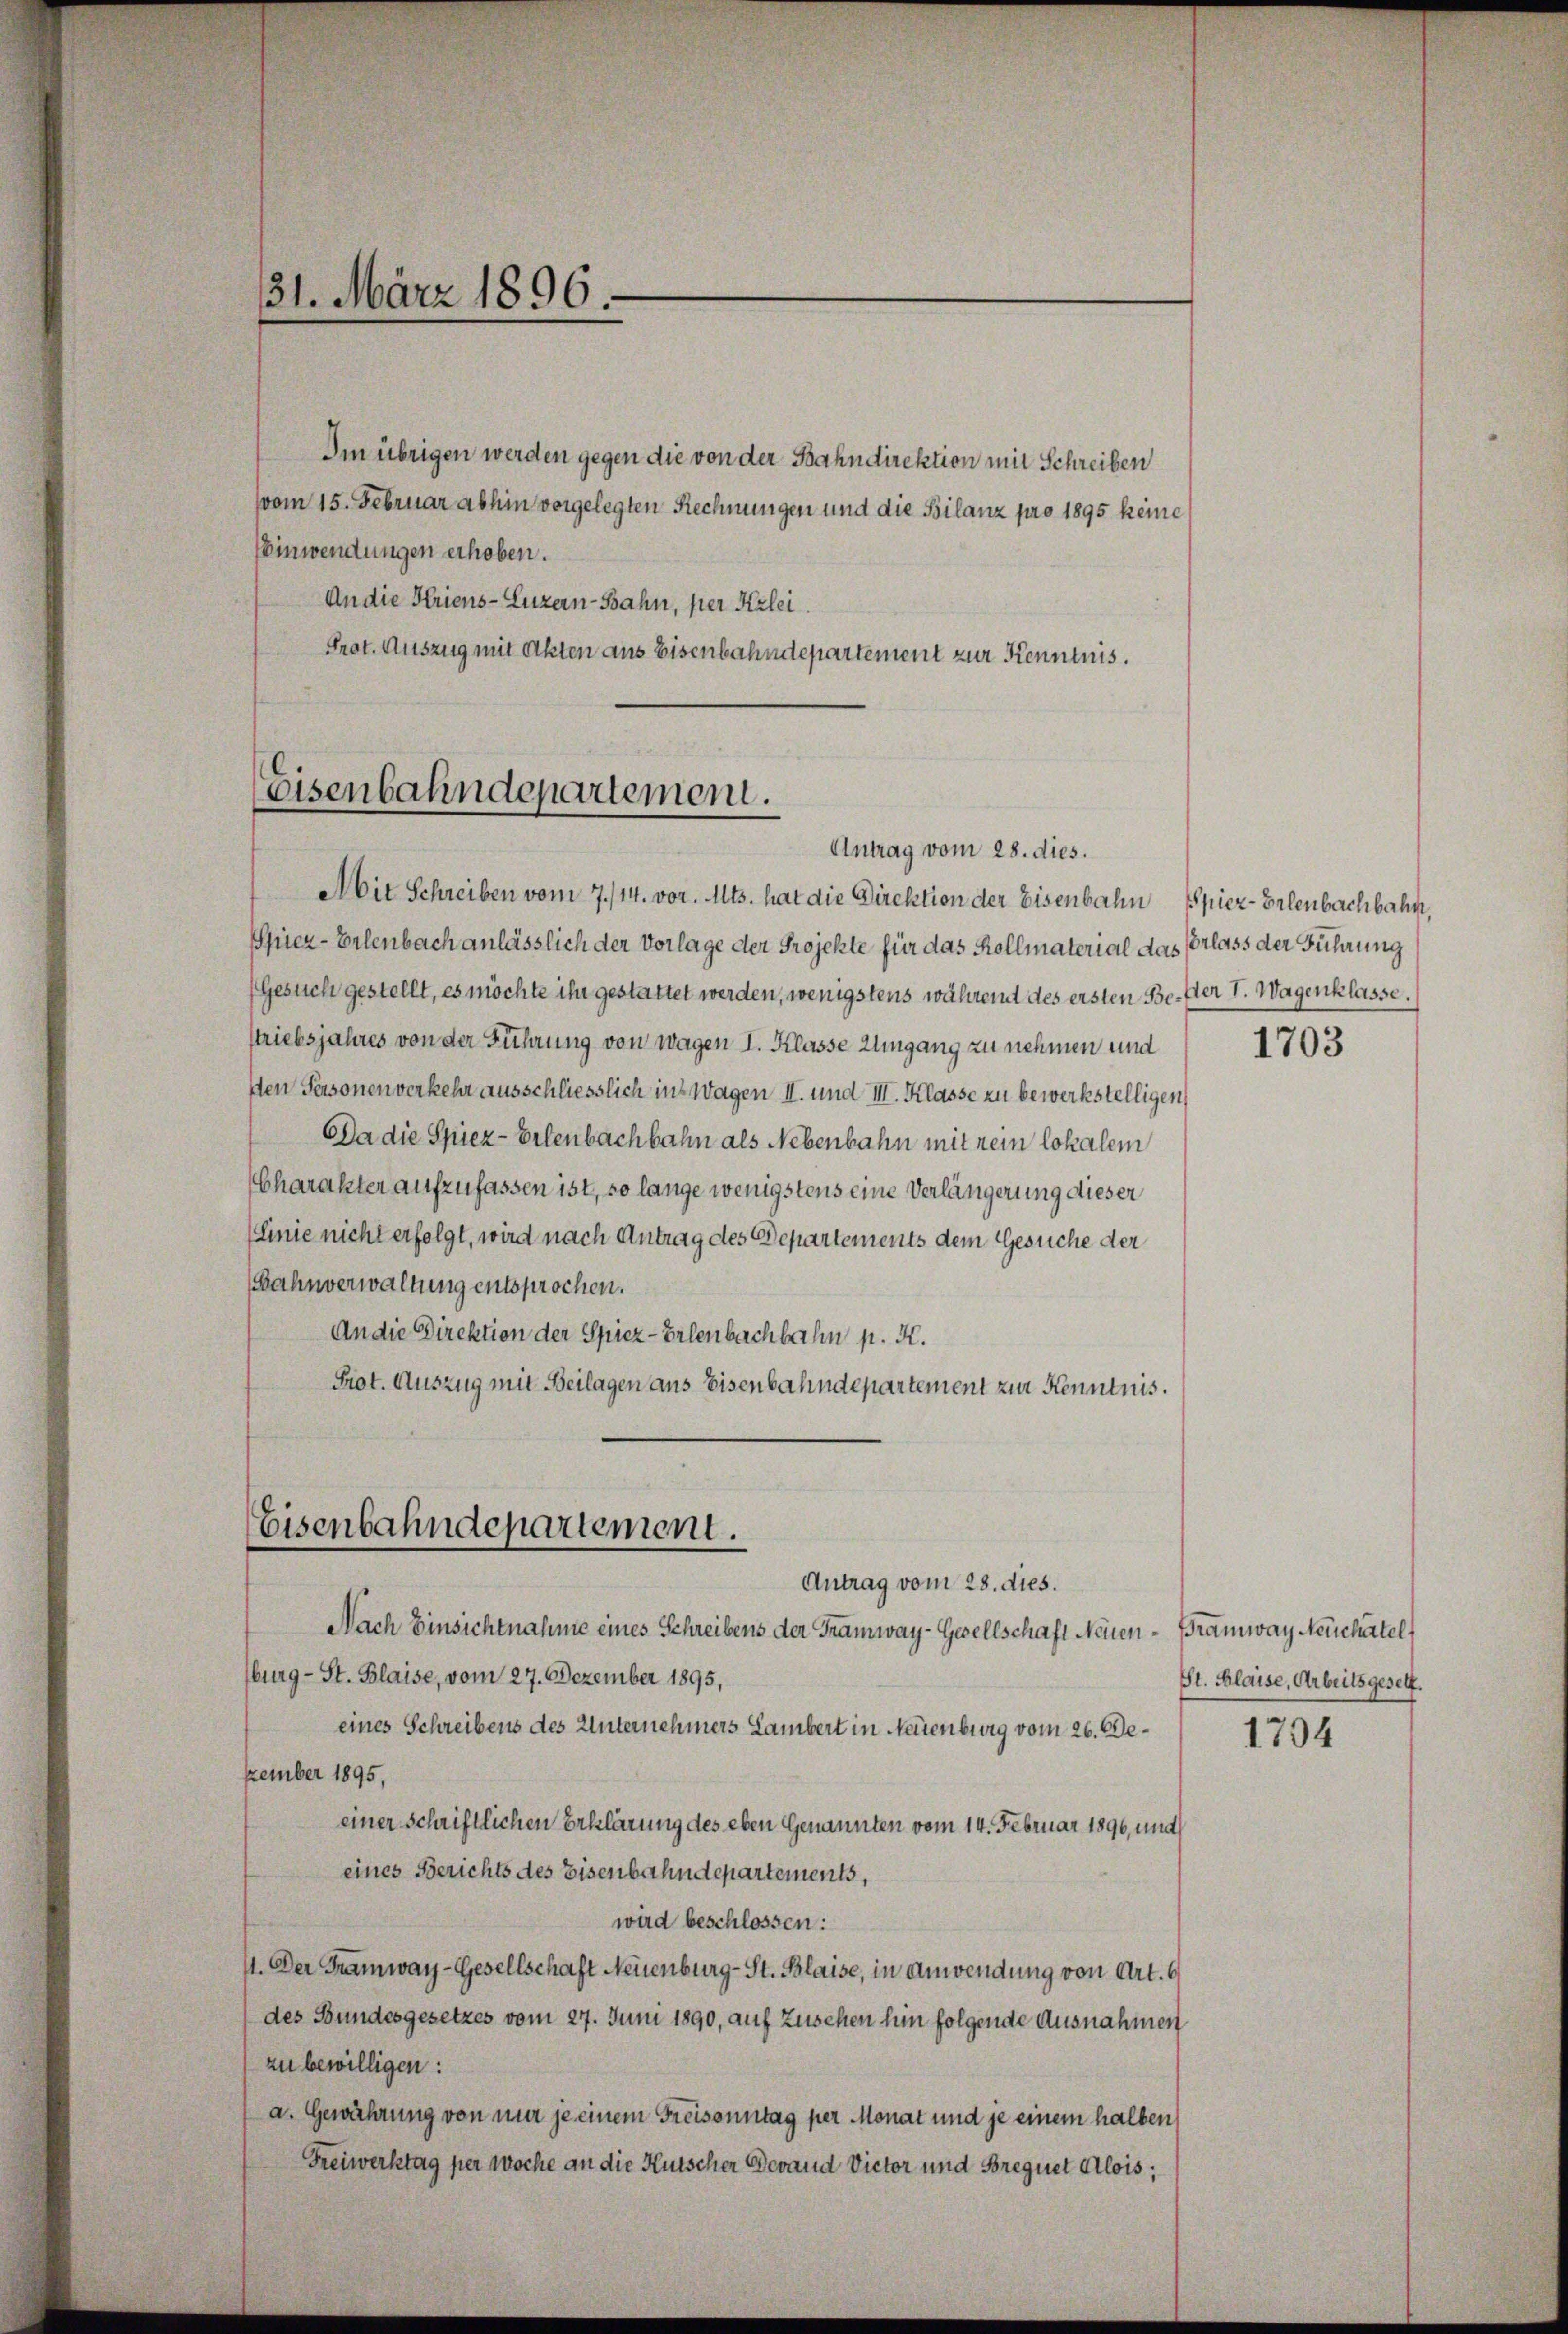
31. März 1896.

Im übrigen werden gegen die von der Bahndirektion mit Schreiben
vom 15. Februar abhin vorgelegten Rechnungen und die Bilanz pro 1895 keine
Einwendungen erhoben.
An die Kriens- Luzern-Bahn, per Kerlei.
Prot. Auszug mit Akten aus Eisenbahndepartement zur Kenntnis.

Eisenbahndepartement.

Ait Schreiben vom 7./14. vor. Mts. hat die Direktion der Eisenbahn spier-Brlenbachbahn,
Spiez-Erlenbach anlässlich der Vorlage der Projekte für das Kollmaterial das Vorlass der Führung
Gesuch gestellt, es möchte ihr gestattet werden, wenigstens währernt des ersten Bester I. Wagenklasse.
striebsjahres von der Führung von Wagen I. Klasse Umgang zu nehmen und
den Personen verkehr ausschliesslich in Wagen II. und III. Klasse zu bewerkstelligen,
Da die Spiez- Erlenbachbahn als Nebenbahn mit nein lokalem
Charakter aufzufassen ist, so lange wenigstens eine Verlängerung dieser
Linie nicht erfolgt, wird nach Antrag des Departements dem Gesuche der
Bahnverwaltung entsprochen.
An die Direktion der Spiez-Erlenbachbahn p. K.
Prot. Auszug mit Beilagen aus Eisenbahndepartement zur Kenntnis.

Antrag vom 28. dies.

Eisenbahndepartement.
Antrag vom 28. dies.

Nach Einsichtnahme eines Schreibens der Tramway-Gesellschaft Neuen-Framway Neuchatel
burg - St. Blaise, vom 27. Dezember 1895,
eines Schreibens des Unternehmers Lambert in Neuenburg vom 26. Dezember 1895,
einer schriftlichen Erklärung des eben Genannten vom 14. Februar 1896, und
eines Berichts des Eisenbahndepartements,
wird beschlossen:
11. Der Tramway-Gesellschaft Neuenburg - St. Blaise, in Anwendung von Art. 6
des Bundesgesetzes vom 27. Juni 1890, auf Zuschen hin folgende Ausnahmen
zu bewilligen:
a. Gewährung von mir je einem Freisonntag per Monat und je einem halben
Freiwerktag per Woche an die Kutscher Devand Victor und Bregnet Alois,

1703

St. Klaise, Arbeitsgesetz.

1794